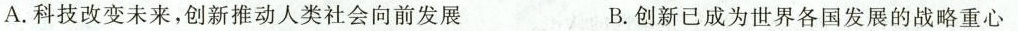
A.科技改变未来，创新推动人类社会向前发展 B.创新已成为世界各国发展的战略重心